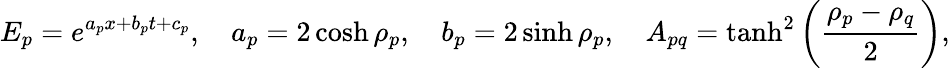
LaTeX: E_{p}=e^{a_{p}x+b_{p}t+c_{p}},\quad a_{p}=2\cosh\rho_{p},\quad b_{p}=2\sinh\rho_{p},\quad A_{pq}=\operatorname{tanh}^{2}\left(\frac{\rho_{p}-\rho_{q}}{2}\right),